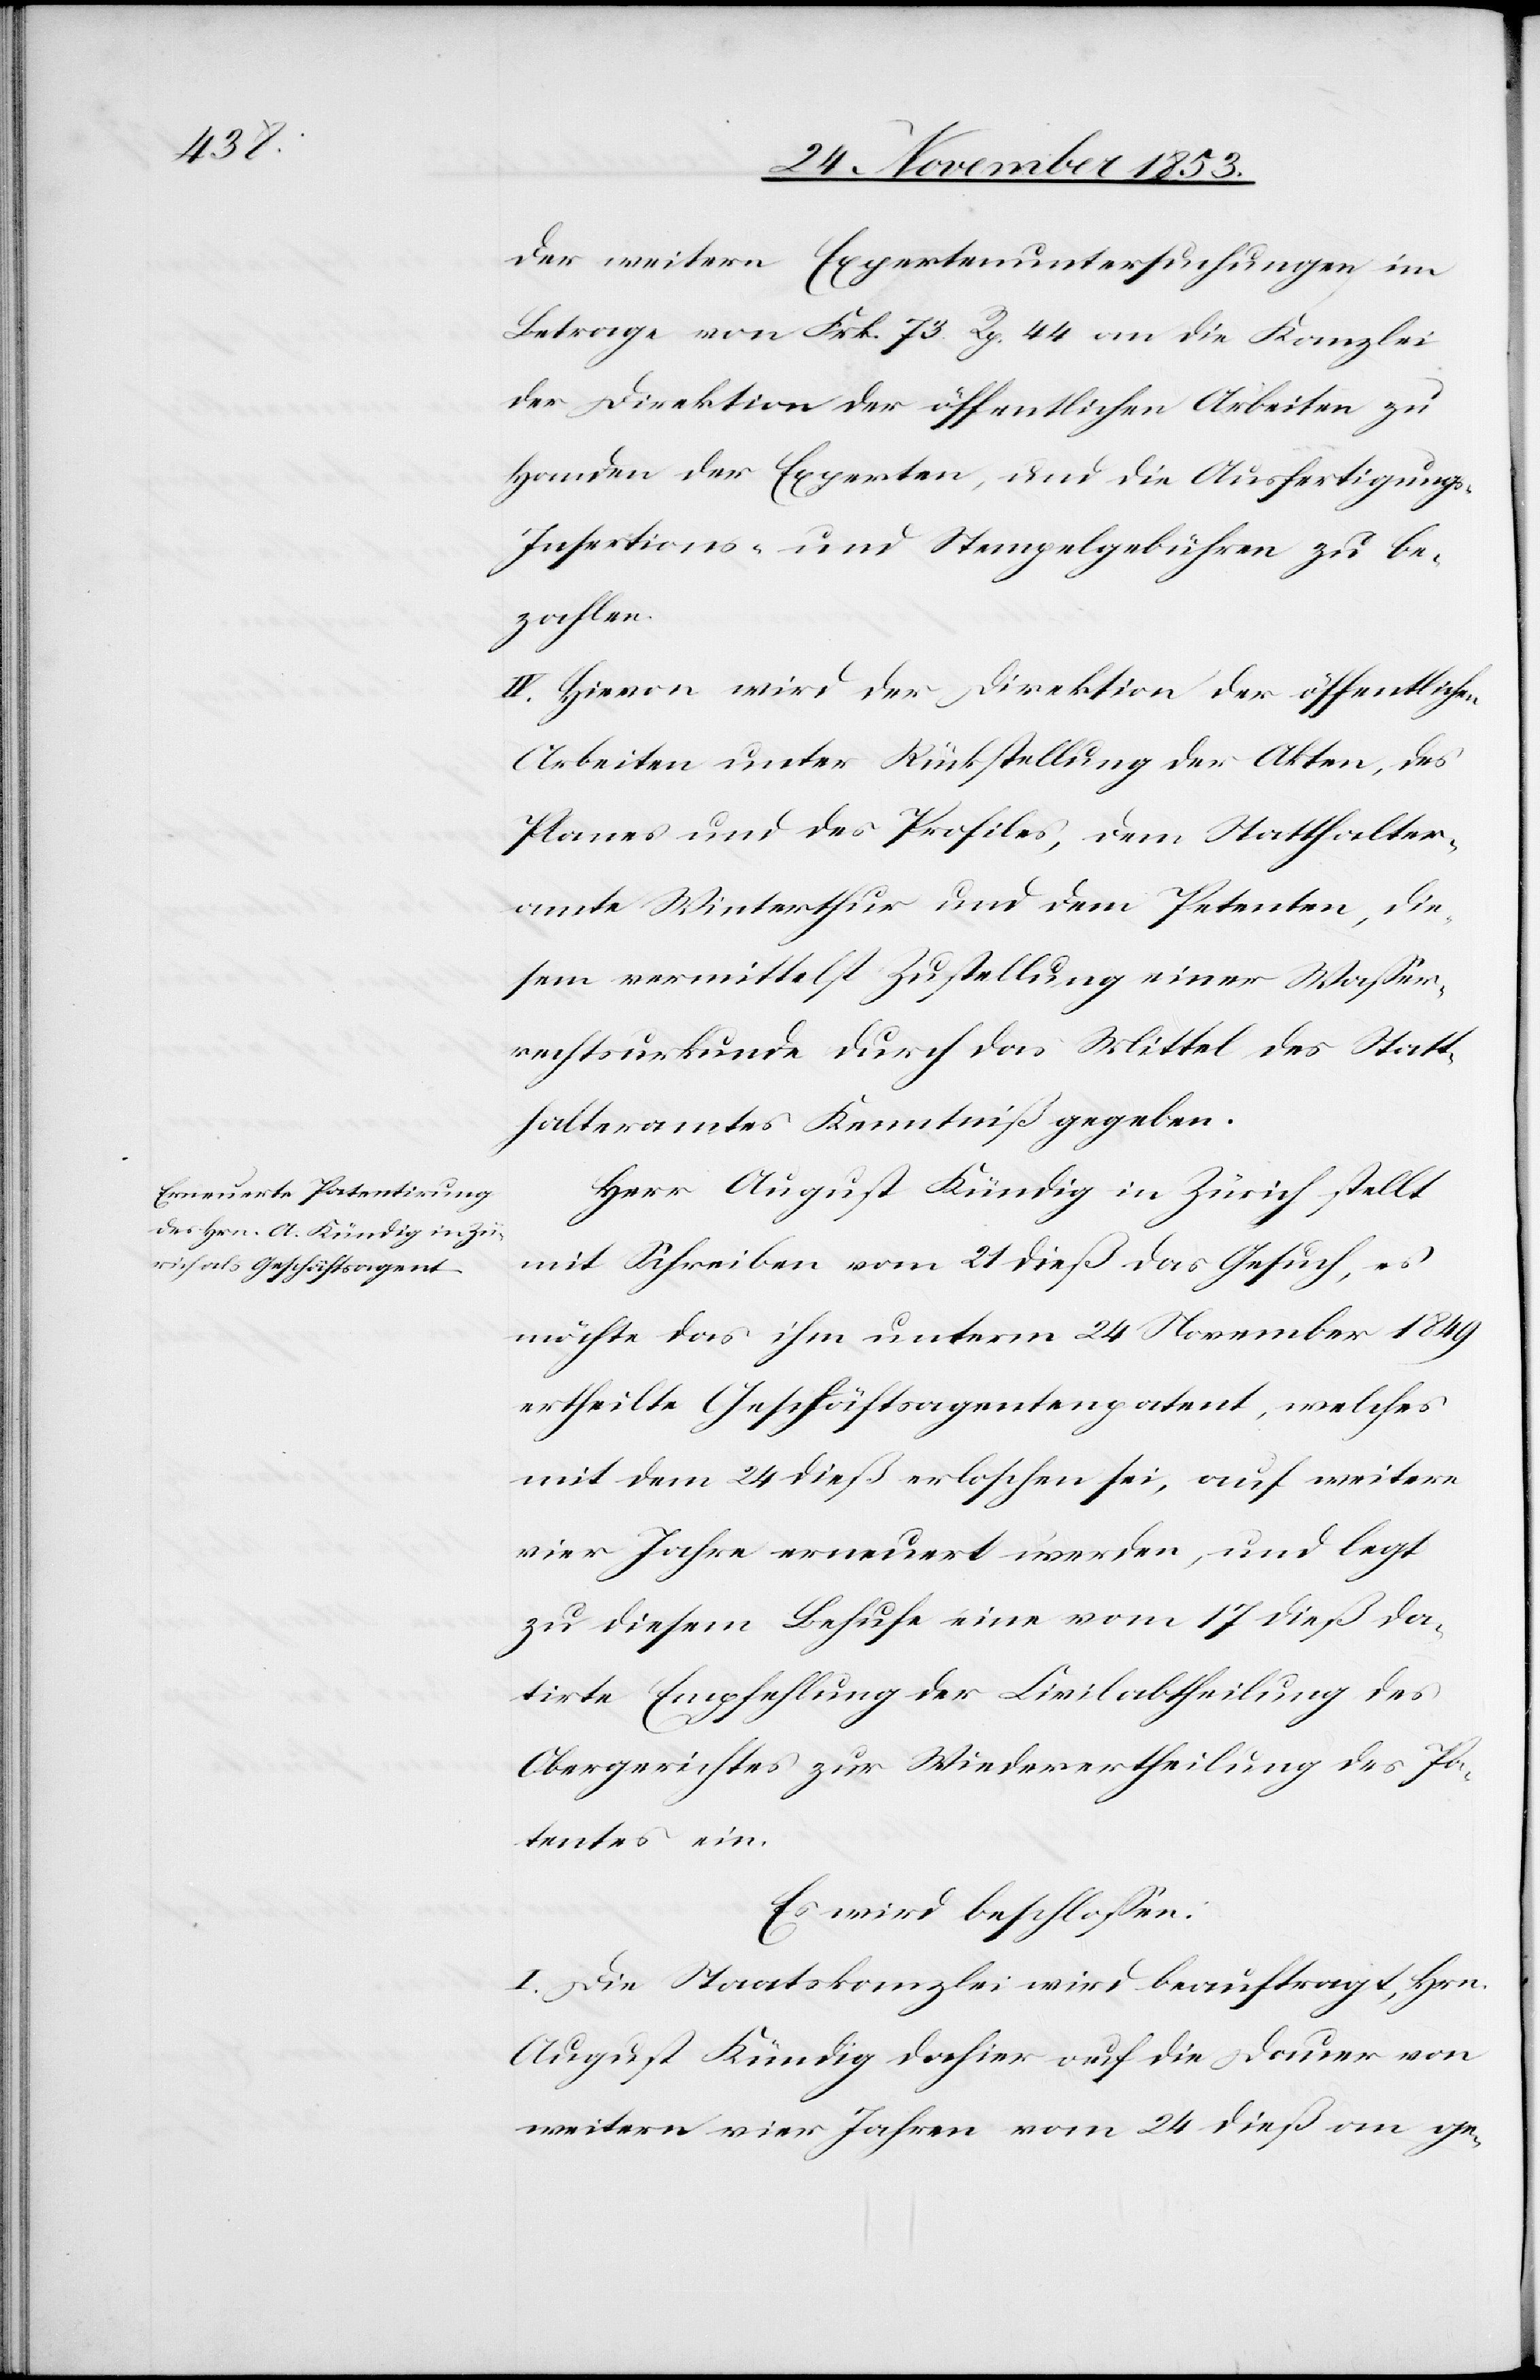
der weitern Expertenuntersuchungen im
Betrage von Frk. 73 Rp. 44 an die Kanzlei
der Direktion der öffentlichen Arbeiten zu
Handen der Experten, und die Ausfertigungs-
Insertions- und Stempelgebühren zu be¬
zahlen.
IV. Hievon wird der Direktion der öffentlichen
Arbeiten unter Rückstellung der Akten, des
Planes und Profiles, dem Statthalter¬
amte Winterthur und dem Petenten, die¬
sem vermittelst Zustellung einer Waßer¬
bauurkunde durch das Mittel des Statt¬
halteramtes Kenntniß gegeben.
Herr August Kündig in Zürich, stellt
mit Schreiben vom 21 dieß das Gesuch, es
möchte das ihm unterm 24 November 1849
ertheilte Geschäftsagentenpatent, welches
mit dem 24 dieß erloschen sei, auf weitere
vier Jahre erneuert werden und legt
zu diesem Behufe eine vom 17 dieß da¬
tirte Empfehlung der Civilabtheilung des
Obergerichtes zur Wiedervertheilung des Pa¬
tentes ein.
Es wird beschloßen:
I. Die Staatskanzlei wird beauftragt, Hrn.
August Kündig dahier auf die Dauer von
weitern vier Jahren vom 24 dieß an ge-